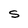
Character: S